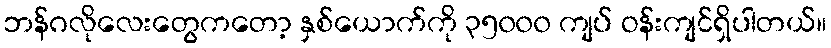
ဘန်ဂလိုလေးတွေကတော့ နှစ်ယောက်ကို ၃၅၀၀၀ ကျပ် ဝန်းကျင်ရှိပါတယ်။